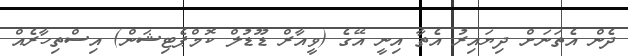
ދެން އެތަނަށް ދިޔައިރު އެތާ އިނީ އޭގެ (ވީއާރް ޑޫޑުލް ކޮމްޕެޓިޝަން) އިސްތިހާރެއް